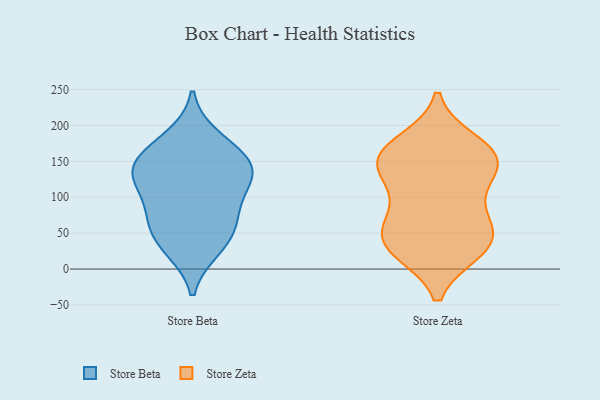
{"axis": {"x": "Latency (ms)", "y": "Value"}, "legend": ["Store Beta", "Store Zeta"], "data": [{"x": "", "y": 183, "type": "Store Beta"}, {"x": "", "y": 141, "type": "Store Beta"}, {"x": "", "y": 71, "type": "Store Beta"}, {"x": "", "y": 74, "type": "Store Beta"}, {"x": "", "y": 141, "type": "Store Beta"}, {"x": "", "y": 58, "type": "Store Beta"}, {"x": "", "y": 115, "type": "Store Beta"}, {"x": "", "y": 143, "type": "Store Beta"}, {"x": "", "y": 169, "type": "Store Beta"}, {"x": "", "y": 109, "type": "Store Beta"}, {"x": "", "y": 138, "type": "Store Beta"}, {"x": "", "y": 28, "type": "Store Beta"}, {"x": "", "y": 33, "type": "Store Beta"}, {"x": "", "y": 138, "type": "Store Zeta"}, {"x": "", "y": 42, "type": "Store Zeta"}, {"x": "", "y": 50, "type": "Store Zeta"}, {"x": "", "y": 120, "type": "Store Zeta"}, {"x": "", "y": 175, "type": "Store Zeta"}, {"x": "", "y": 156, "type": "Store Zeta"}, {"x": "", "y": 88, "type": "Store Zeta"}, {"x": "", "y": 69, "type": "Store Zeta"}, {"x": "", "y": 155, "type": "Store Zeta"}, {"x": "", "y": 30, "type": "Store Zeta"}, {"x": "", "y": 27, "type": "Store Zeta"}, {"x": "", "y": 33, "type": "Store Zeta"}, {"x": "", "y": 157, "type": "Store Zeta"}, {"x": "", "y": 155, "type": "Store Zeta"}]}